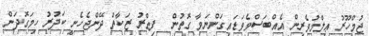
ޖުމްހޫރު ޢިލްމުވެރިން އެއްބަސްވެވަޑައިގަންނަވާ ގޮތުން  ފިޠްރު ޒަކާތް ދޭންޖެހެނީ ކަދުރު ހިމަގޮދަން